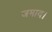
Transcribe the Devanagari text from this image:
जमाव।